画像に写った文字を読んでください
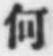
「何」と書いてあります